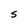
Character: S